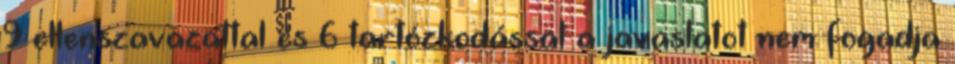
9 ellenszavazattal és 6 tartózkodással a javaslatot nem fogadja